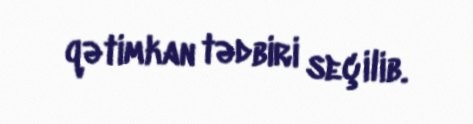
qətimkan tədbiri seçilib.